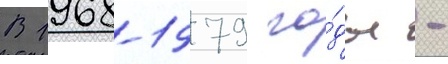
В 1968-1979 го́ды -